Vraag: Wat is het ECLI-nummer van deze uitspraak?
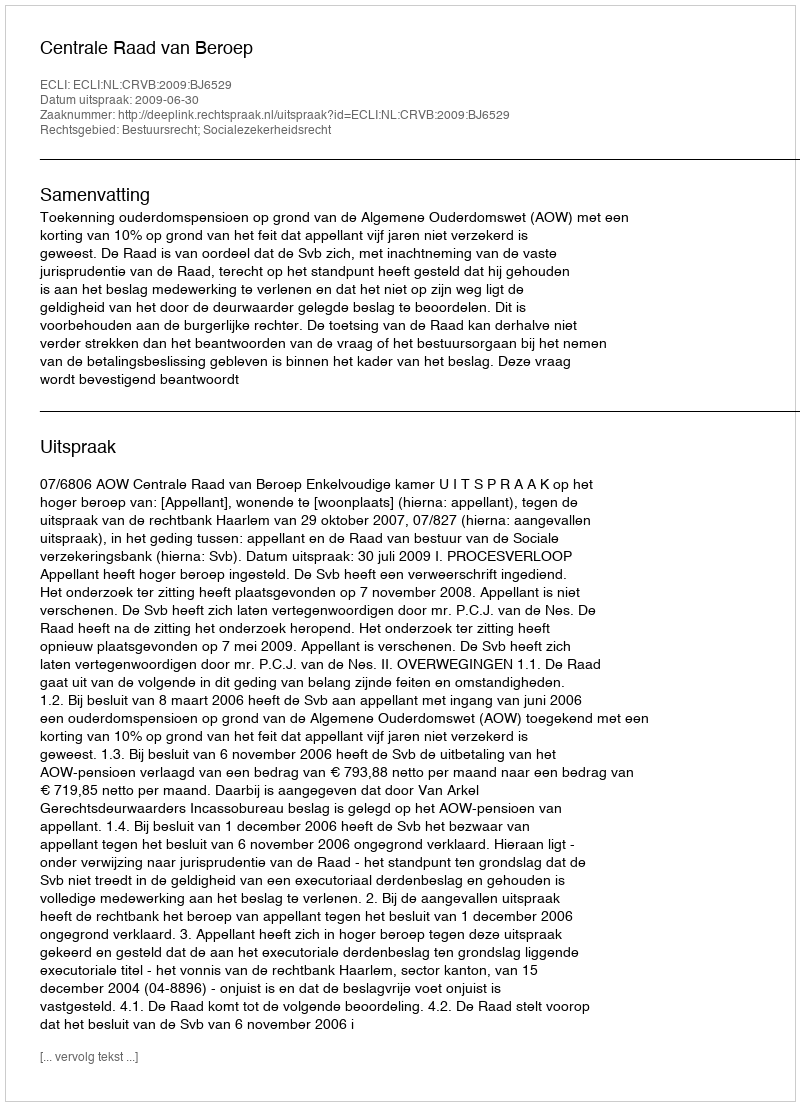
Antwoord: ECLI:NL:CRVB:2009:BJ6529